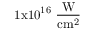
\mathrm { 1 x 1 0 ^ { 1 6 } ~ \frac { W } { c m ^ { 2 } } }